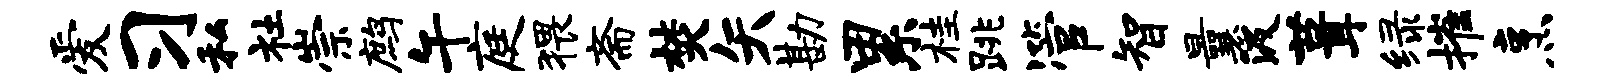
爱习私社崇鹧午庭猥斋焚矢勘累桂跳管智曩汲葺绿摧烹